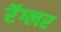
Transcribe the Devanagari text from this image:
रॅग्लर